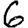
Digit: 6